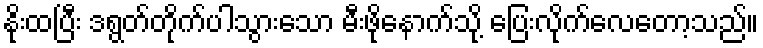
နိုးထပြီး ဒရွတ်တိုက်ပါသွားသော မီးဖိုနောက်သို့ ပြေးလိုက်လေတော့သည်။